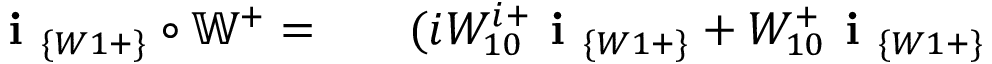
\begin{array} { r l r } { \textbf { i } _ { \{ W 1 + \} } \circ \mathbb { W } ^ { + } = } & { { } } & { ( i W _ { 1 0 } ^ { i + } \textbf { i } _ { \{ W 1 + \} } + W _ { 1 0 } ^ { + } \textbf { i } _ { \{ W 1 + \} } } \end{array}